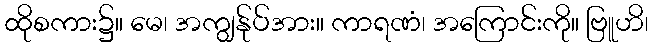
ထိုစကား၌။ မေ၊ အကျွန်ုပ်အား။ ကာရဏံ၊ အကြောင်းကို။ ဗြူဟိ၊